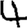
Digit: 4